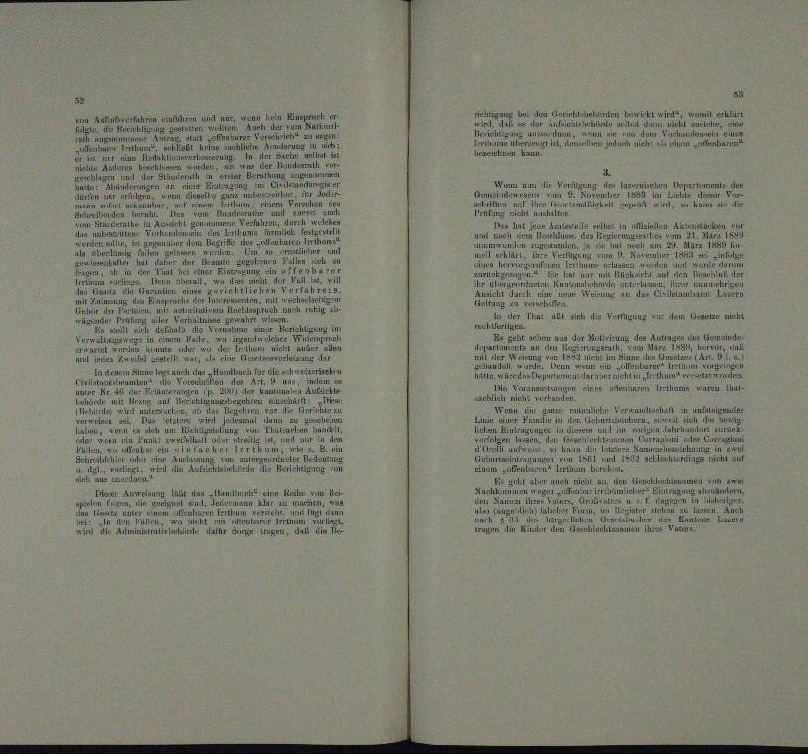
verfahren einführen und un

n
a
.
.

nderung in
n
¬
d

un
nichten A
e
u
n
u
Wann nun de
egung den Anzeichen periments de
e

an
o
ehin dieser Ver

d

u
.
n

wach
Arbon
i
Irs laut sesse
Men A
neville in
.

Abreiten
 einen eine alten verehen.
n

n
n

e

a
Bier nur unter eines et auf d
n

n

n
.
n

n
  die Vorlegung in dem Gesetze nicht

e
ge con aus de
ritt der ver
.
verän
au des Antrages des Gemei

i nicht
s an den R.
r
un
n

und

n
Adran aus Herrechen
.

um
Prunt
Min
,
n
u
   warenthal

nerbiet
u

Anniebe Verwundenhalten unfall
e
n
n

de

e
dalen
a
n
Tur
.

d
un

se und der einen
diente er seine

u

a
nam von
u
ton Hrn.

Amer
Auch eine Recht von Her-
irun
Eier Anweisung thut de

n
An als
TruGrute
n

Ginn
a
en

vie d

a

ünen